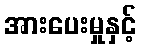
အားပေးမှုနှင့်